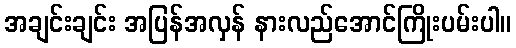
အချင်းချင်း အပြန်အလှန် နားလည်အောင်ကြိုးပမ်းပါ။